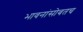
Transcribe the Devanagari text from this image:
भावनांसोबतच